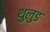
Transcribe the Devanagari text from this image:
थुलुङ